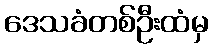
ဒေသခံတစ်ဦးထံမှ